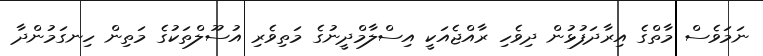
ނަމަވެސް މާތްގެ އިރާދަފުޅުން ދިވެހި ރާއްޖެއަކީ އިސްލާމްދީނުގެ މަތިވެރި އުސޫލްތަކުގެ މަތިން ހިނގަމުންދާ